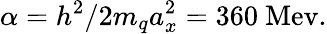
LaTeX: \alpha=h^{2}/2m_{q}a_{x}^{2}=360\mathrm{~Mev.}